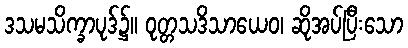
ဒသမသိက္ခာပုဒ်၌။ ဝုတ္တသဒိသာယေဝ၊ ဆိုအပ်ပြီးသော